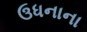
ઉધનાના